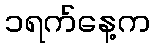
၁ရက်နေ့က